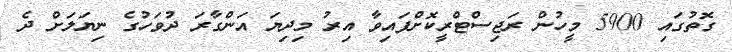
ގޮތުގައި 5900 މީހުން ރަޖިސްޓްރީކޮށްފައިވާ އިރު މިދިޔަ އަންގާރަ ދުވަހުގެ ނިޔަލަށް ދެ